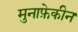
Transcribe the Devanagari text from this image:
मुनाफ़ेकीन